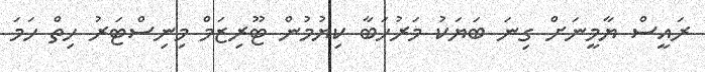
ރައީސް ޔާމީނަށް ގިނަ ބަޔަކު މަރުހަބާ ކިޔުމުން ޓޫރިޒަމް މިނިސްޓަރު ހިތް ހަމަ